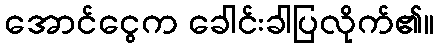
အောင်ငွေက ခေါင်းခါပြလိုက်၏။